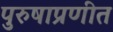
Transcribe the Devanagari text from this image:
पुरुषाप्रणीत